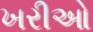
ખરીઓ